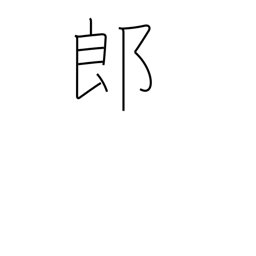
Meaning: counter for sons